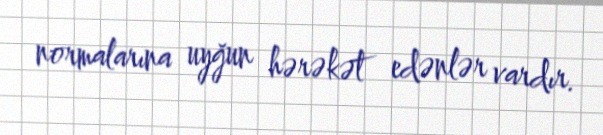
normalarına uyğun hərəkət edənlər vardır.